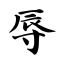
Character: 辱